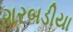
ગરબડીયા